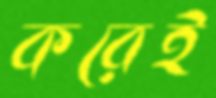
করেই